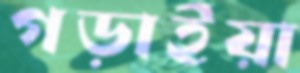
গড়াইয়া